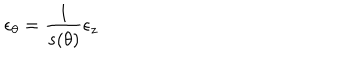
\epsilon _ { \theta } = \frac 1 { s ( \theta ) } \epsilon _ { z }